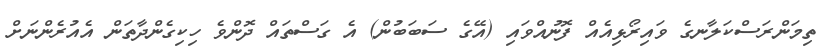
ތިމަންރަސްކަލާނގެ ވައިރޯޅިއެއް ފޮނުއްވައި (އޭގެ ސަބަބުން) އެ ގަސްތައް ދޮންވެ ހިކިގެންދާތަން އެއުރެންނަށް